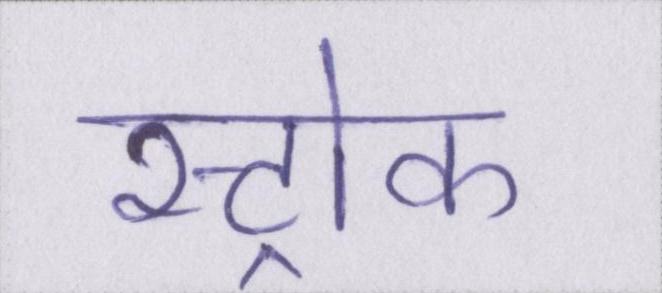
स्ट्रोक